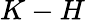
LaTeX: K-H